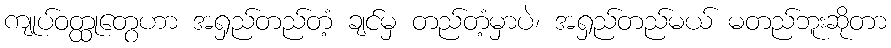
ကျုပ်ဝတ္ထုတွေဟာ အရှည်တည်တံ့ ချင်မှ တည်တံ့မှာပဲ၊ အရှည်တည်မယ် မတည်ဘူးဆိုတာ